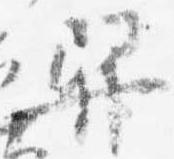
舁